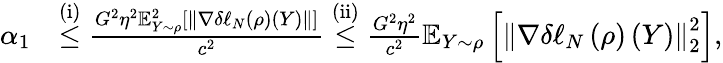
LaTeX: \begin{array}{rl}{\alpha_{1}}&{\overset{\mathrm{(i)}}{\leq}\frac{G^{2}\eta^{2}\mathbb{E}_{Y\sim\rho}^{2}\left[\left\Vert\nabla\delta\ell_{N}\left(\rho\right)\left(Y\right)\right\Vert\right]}{c^{2}}\overset{\mathrm{(ii)}}{\leq}\frac{G^{2}\eta^{2}}{c^{2}}\mathbb{E}_{Y\sim\rho}\left[\left\Vert\nabla\delta\ell_{N}\left(\rho\right)\left(Y\right)\right\Vert_{2}^{2}\right],}\end{array}